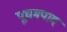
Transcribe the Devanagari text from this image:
पूचमपाद